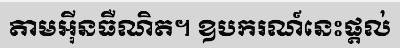
តាមអ៊ីនធឺណិត។ ឧបករណ៍នេះផ្តល់